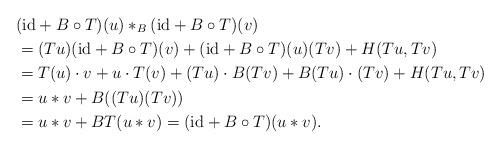
LaTeX: \begin{align*}&(\mathrm{id} + B \circ T) (u) *_B (\mathrm{id} + B \circ T) (v) \\&= (Tu) (\mathrm{id} + B \circ T)(v) + (\mathrm{id} + B \circ T) (u) (Tv) + H (Tu, Tv) \\&= T(u) \cdot v + u \cdot T(v) + (Tu) \cdot B (Tv) + B (Tu) \cdot (Tv) + H (Tu, Tv) \\&= u * v + B ( (Tu) (Tv)) \\&= u * v + BT (u * v) = (\mathrm{id} + B \circ T)(u * v).\end{align*}